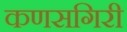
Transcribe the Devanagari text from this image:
कणसगिरी